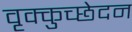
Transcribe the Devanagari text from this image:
वृक्कुच्छेदन